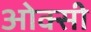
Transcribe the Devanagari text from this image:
ओक्सी